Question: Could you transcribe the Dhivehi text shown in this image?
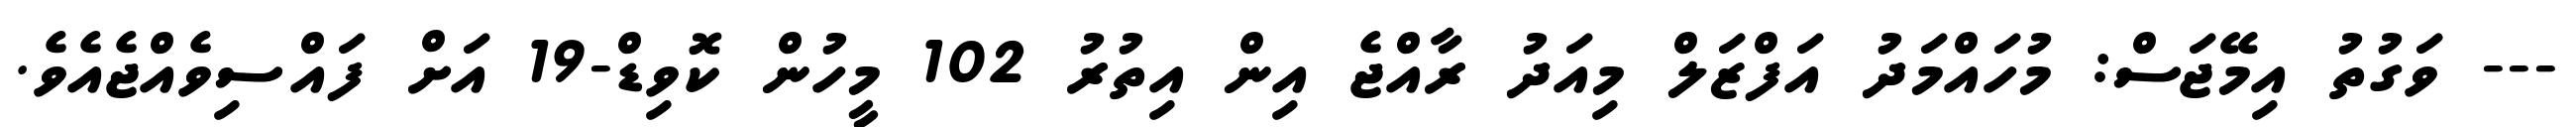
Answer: --- ވަގުތު އިމޭޖަސް: މުހައްމަދު އަފްޒަލް މިއަދު ރާއްޖެ އިން އިތުރު 102 މީހުން ކޮވިޑް-19 އަށް ފައްސިވެއްޖެއެވެ.